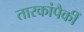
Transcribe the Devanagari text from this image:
तारकांपैकीं